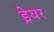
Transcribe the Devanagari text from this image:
ड्रेयर